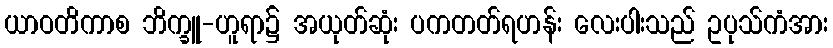
ယာဝတိကာစ ဘိက္ခူ-ဟူရာ၌ အယုတ်ဆုံး ပကတတ်ရဟန်း လေးပါးသည် ဥပုသ်ကံအား